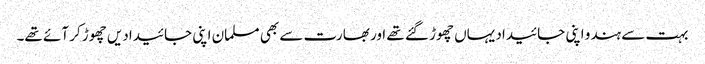
بہت سے ہندو اپنی جائیداد یہاں چھوڑ گئے تھے اور بھارت سے بھی مسلمان اپنی جائیدادیں چھوڑ کر آئے تھے۔